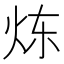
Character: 𮳣